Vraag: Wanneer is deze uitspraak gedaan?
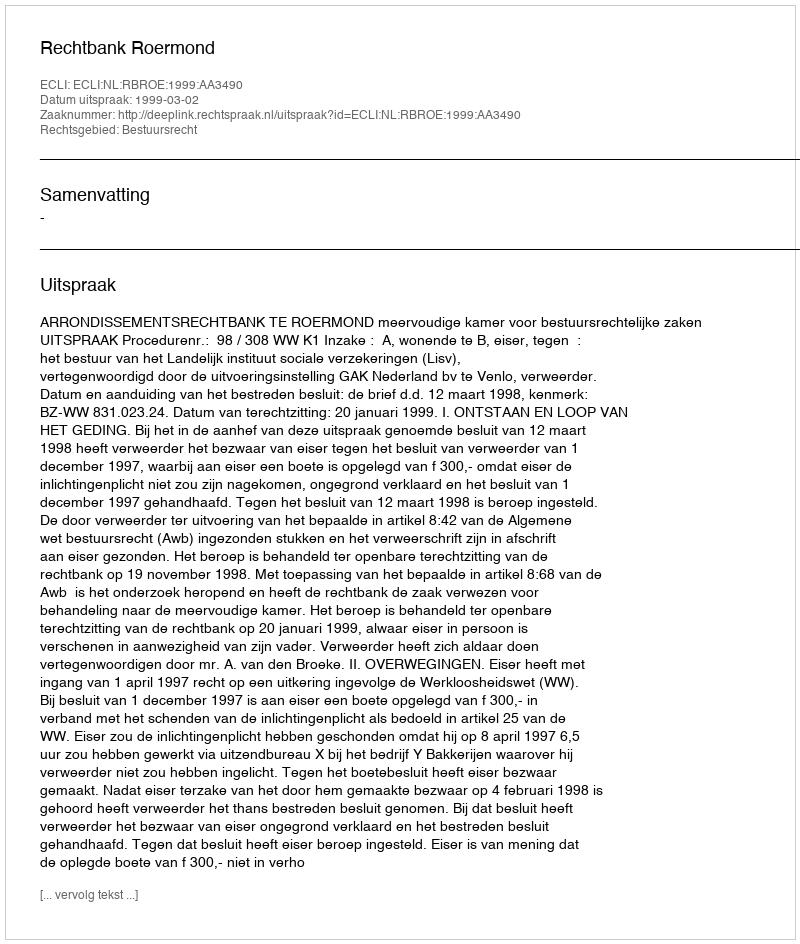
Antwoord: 1999-03-02